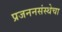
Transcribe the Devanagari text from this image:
प्रजननसंस्थेचा